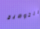
التوضيح